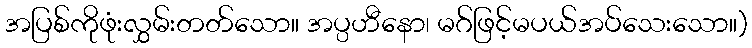
အပြစ်ကိုဖုံးလွှမ်းတတ်သော။ အပ္ပဟီနော၊ မဂ်ဖြင့်မပယ်အပ်သေးသော။)